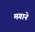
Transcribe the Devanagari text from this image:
मगाने